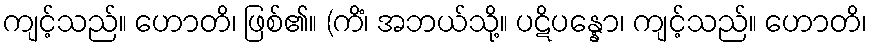
ကျင့်သည်။ ဟောတိ၊ ဖြစ်၏။ (ကိံ၊ အဘယ်သို့။ ပဋိပန္နော၊ ကျင့်သည်။ ဟောတိ၊